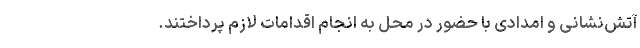
آتش‌نشانی و امدادی با حضور در محل به انجام اقدامات لازم پرداختند.